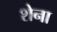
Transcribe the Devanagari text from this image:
शेना